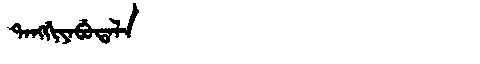
Manchu: ᡨᠠᠩᡤᡳᠶᠠᠪᡠᡨᠠᠯᠠ
Romanization: TANGGIYABUTALA